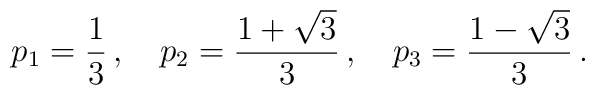
p_1 = \frac{1}{3}\,,~~~ p_2 = \frac{1+\sqrt{3}}{3}\,,~~~ p_3 = \frac{1-\sqrt{3}}{3} \,.